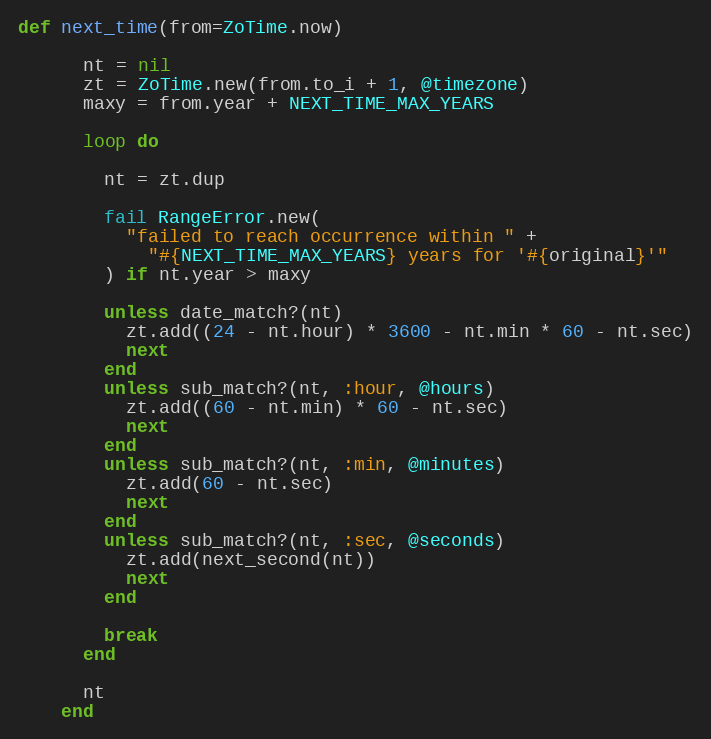
Language: Ruby
def next_time(from=ZoTime.now)

      nt = nil
      zt = ZoTime.new(from.to_i + 1, @timezone)
      maxy = from.year + NEXT_TIME_MAX_YEARS

      loop do

        nt = zt.dup

        fail RangeError.new(
          "failed to reach occurrence within " +
            "#{NEXT_TIME_MAX_YEARS} years for '#{original}'"
        ) if nt.year > maxy

        unless date_match?(nt)
          zt.add((24 - nt.hour) * 3600 - nt.min * 60 - nt.sec)
          next
        end
        unless sub_match?(nt, :hour, @hours)
          zt.add((60 - nt.min) * 60 - nt.sec)
          next
        end
        unless sub_match?(nt, :min, @minutes)
          zt.add(60 - nt.sec)
          next
        end
        unless sub_match?(nt, :sec, @seconds)
          zt.add(next_second(nt))
          next
        end

        break
      end

      nt
    end